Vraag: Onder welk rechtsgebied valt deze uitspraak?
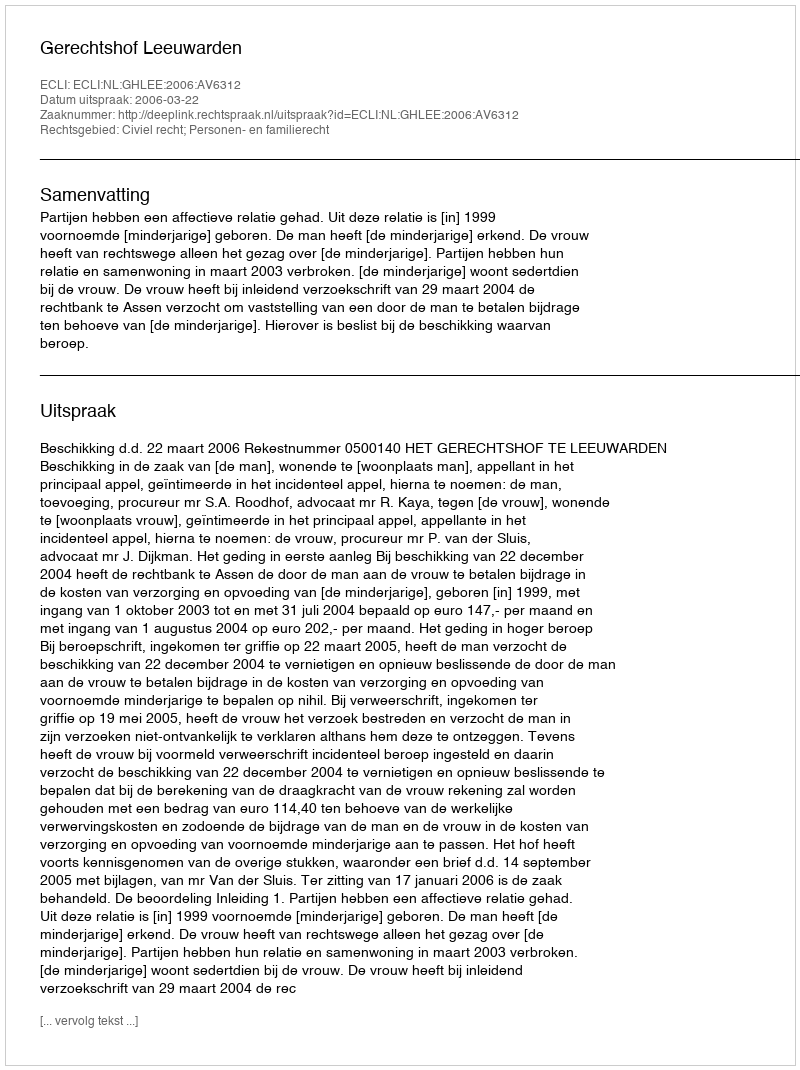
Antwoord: Civiel recht; Personen- en familierecht